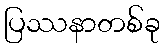
ပြဿနာတစ်ခု